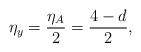
LaTeX: \begin{align*}\eta_y=\frac{\eta_A}{2}=\frac{4-d}{2},\end{align*}